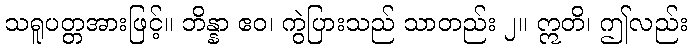
သရူပတ္တအားဖြင့်။ ဘိန္နာ ဧဝ၊ ကွဲပြားသည် သာတည်း ၂။ ဣတိ၊ ဤလည်း